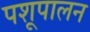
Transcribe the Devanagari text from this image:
पशूपालन